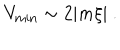
LaTeX: V _ { \mathrm { m i n } } \sim 2 | m \xi | \ .